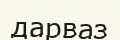
дарваз